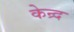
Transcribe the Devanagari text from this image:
केन्र्द